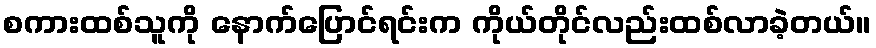
စကားထစ်သူကို နောက်ပြောင်ရင်းက ကိုယ်တိုင်လည်းထစ်လာခဲ့တယ်။